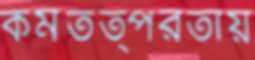
কর্মতত্পরতায়